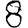
Digit: 8